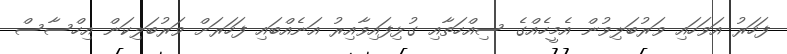
ފަހަރު އަވަހައި ވަރުބަލިވުން އެމީހެއްގެ ސިއްހަތާއި ގުޅިފައިވާއިރު އަނެއްބައި ފަހަރަށް ވަރުބަލިކަން އިހްސާސް